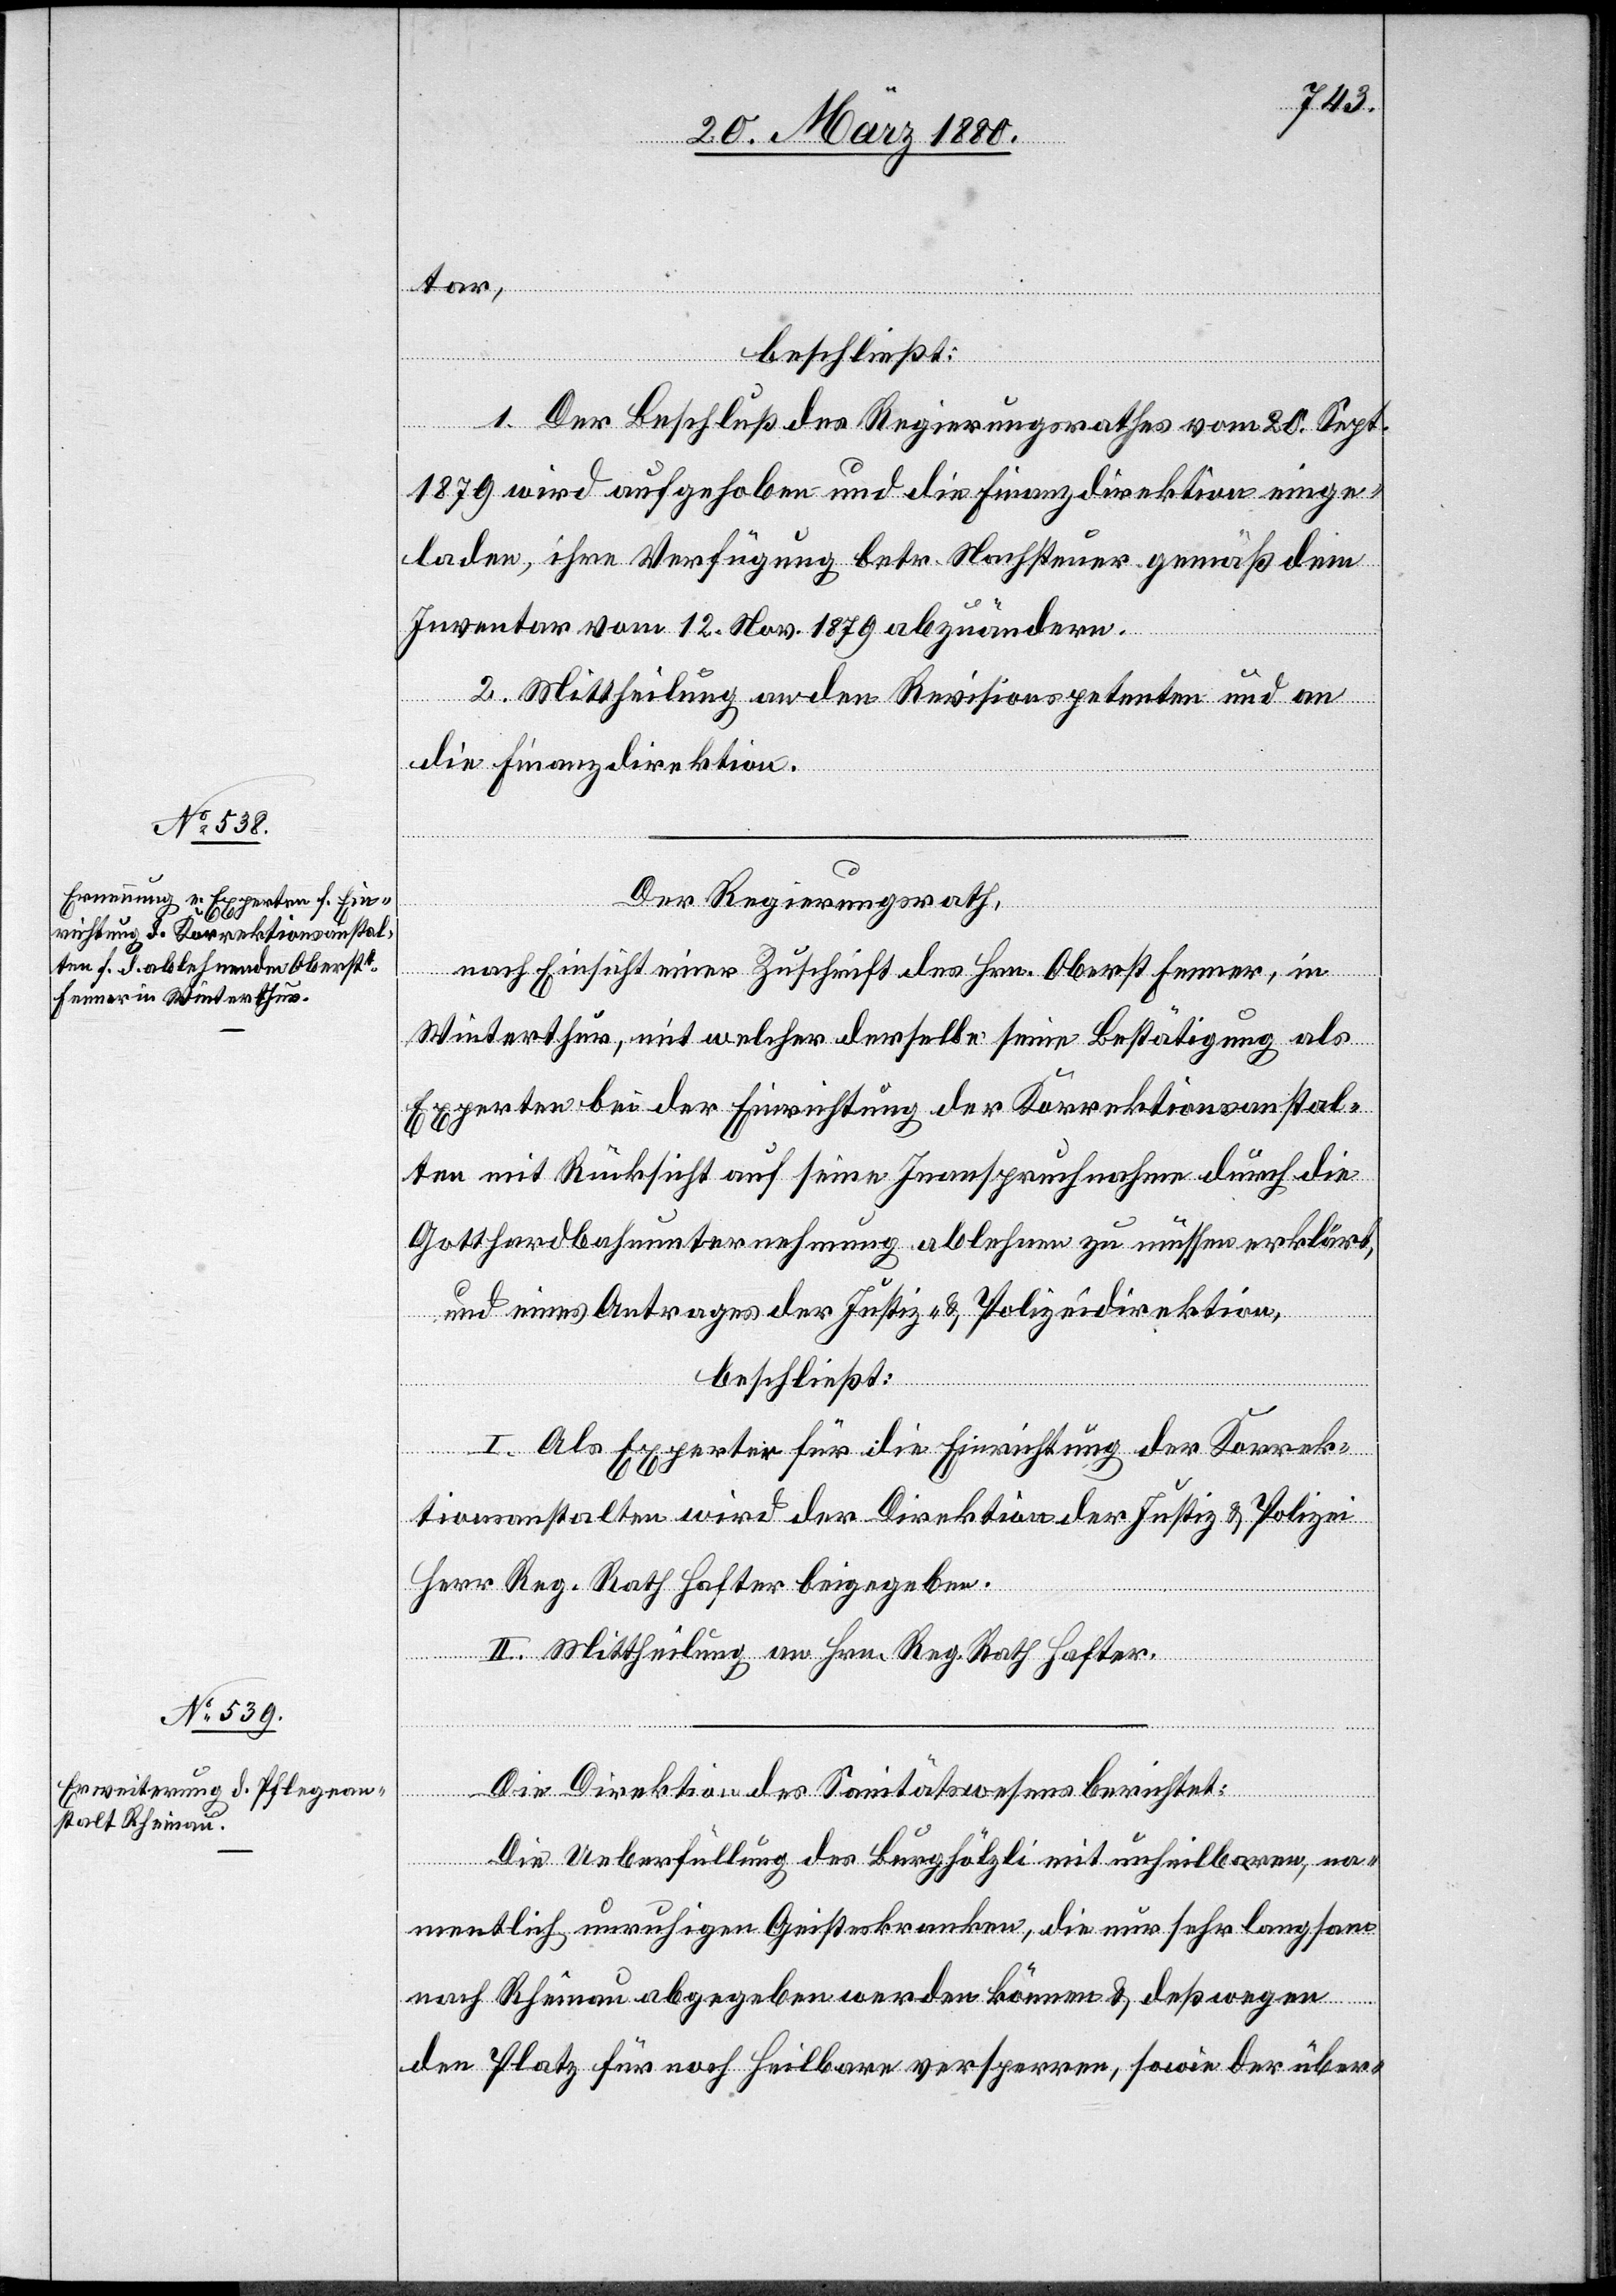
tar,
beschließt:
1. Der Beschluß des Regierungsrathes vom 20. Sept.
1879 wird aufgehoben und die Finanzdirektion einge¬
laden, ihre Verfügung betr. Nachsteuer gemäß dem
Inventar vom 12. Nov. 1879 abzuändern.
2. Mittheilung an den Revisionspetenten und an
die Finanzdirektion.
Der Regierungsrath,
nach Einsicht einer Zuschrift des Hrn. Oberst Fenner, in
Winterthur, mit welcher derselbe seine Bestätigung als
Experten bei der Einrichtung der Korrektionsanstal¬
ten mit Rücksicht auf seine Inanspruchnahme durch die
Gotthardbahnunternehmung ablehnen zu müssen erklärt,
und eines Antrages der Justiz- & Polizeidirektion,
beschließt:
I. Als Experten für die Einrichtung der Korrek¬
tionsanstalten wird der Direktion der Justiz- & Polizei
Herr Reg. Rath Hafter beigegeben.
II. Mittheilung an Hrn. Reg. Rath Hafter.
Die Direktion des Sanitätswesens berichtet:
Die Ueberfüllung des Burghölzli mit unheilbaren, na¬
mentlich unruhigen Geisteskranken, die nur sehr langsam
nach Rheinau abgegeben werden können & deßwegen
den Platz für noch Heilbare versperren, sowie der über-